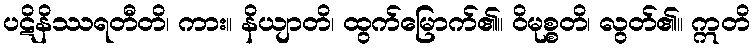
ပဋိနိဿရတီတိ၊ ကား။ နိယျာတိ၊ ထွက်မြောက်၏။ ဝိမုစ္စတိ၊ လွတ်၏။ ဣတိ